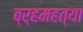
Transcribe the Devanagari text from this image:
ब्र्हमहत्या